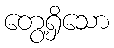
တွေ့ရှိသော